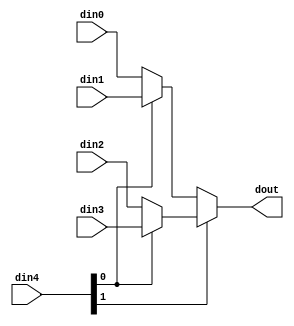
// ==============================================================
// Vivado(TM) HLS - High-Level Synthesis from C, C++ and SystemC v2019.2 (64-bit)
// Copyright 1986-2019 Xilinx, Inc. All Rights Reserved.
// ==============================================================

`timescale 1ns/1ps

module kws_mux_416_32_1_1 #(
parameter
    ID                = 0,
    NUM_STAGE         = 1,
    din0_WIDTH       = 32,
    din1_WIDTH       = 32,
    din2_WIDTH       = 32,
    din3_WIDTH       = 32,
    din4_WIDTH         = 32,
    dout_WIDTH            = 32
)(
    input  [31 : 0]     din0,
    input  [31 : 0]     din1,
    input  [31 : 0]     din2,
    input  [31 : 0]     din3,
    input  [15 : 0]    din4,
    output [31 : 0]   dout);

// puts internal signals
wire [15 : 0]     sel;
// level 1 signals
wire [31 : 0]         mux_1_0;
wire [31 : 0]         mux_1_1;
// level 2 signals
wire [31 : 0]         mux_2_0;
// level 3 signals
wire [31 : 0]         mux_3_0;
// level 4 signals
wire [31 : 0]         mux_4_0;
// level 5 signals
wire [31 : 0]         mux_5_0;
// level 6 signals
wire [31 : 0]         mux_6_0;
// level 7 signals
wire [31 : 0]         mux_7_0;
// level 8 signals
wire [31 : 0]         mux_8_0;
// level 9 signals
wire [31 : 0]         mux_9_0;
// level 10 signals
wire [31 : 0]         mux_10_0;
// level 11 signals
wire [31 : 0]         mux_11_0;
// level 12 signals
wire [31 : 0]         mux_12_0;
// level 13 signals
wire [31 : 0]         mux_13_0;
// level 14 signals
wire [31 : 0]         mux_14_0;
// level 15 signals
wire [31 : 0]         mux_15_0;
// level 16 signals
wire [31 : 0]         mux_16_0;

assign sel = din4;

// Generate level 1 logic
assign mux_1_0 = (sel[0] == 0)? din0 : din1;
assign mux_1_1 = (sel[0] == 0)? din2 : din3;

// Generate level 2 logic
assign mux_2_0 = (sel[1] == 0)? mux_1_0 : mux_1_1;

// Generate level 3 logic
assign mux_3_0 = mux_2_0;

// Generate level 4 logic
assign mux_4_0 = mux_3_0;

// Generate level 5 logic
assign mux_5_0 = mux_4_0;

// Generate level 6 logic
assign mux_6_0 = mux_5_0;

// Generate level 7 logic
assign mux_7_0 = mux_6_0;

// Generate level 8 logic
assign mux_8_0 = mux_7_0;

// Generate level 9 logic
assign mux_9_0 = mux_8_0;

// Generate level 10 logic
assign mux_10_0 = mux_9_0;

// Generate level 11 logic
assign mux_11_0 = mux_10_0;

// Generate level 12 logic
assign mux_12_0 = mux_11_0;

// Generate level 13 logic
assign mux_13_0 = mux_12_0;

// Generate level 14 logic
assign mux_14_0 = mux_13_0;

// Generate level 15 logic
assign mux_15_0 = mux_14_0;

// Generate level 16 logic
assign mux_16_0 = mux_15_0;

// output logic
assign dout = mux_16_0;

endmodule